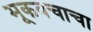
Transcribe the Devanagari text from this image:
भूकवचाचा